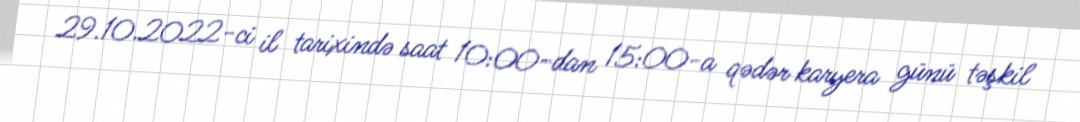
29.10.2022-ci il tarixində saat 10:00-dan 15:00-a qədər karyera günü təşkil